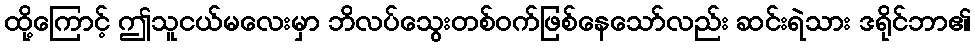
ထို့ကြောင့် ဤသူငယ်မလေးမှာ ဘိလပ်သွေးတစ်ဝက်ဖြစ်နေသော်လည်း ဆင်းရဲသား ဒရိုင်ဘာ၏